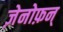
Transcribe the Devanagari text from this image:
ज़ेनोफ़न्